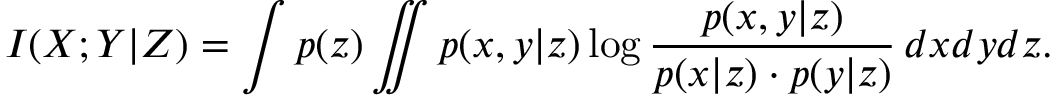
I ( X ; Y | Z ) = \int p ( z ) \iint p ( x , y | z ) \log \frac { p ( x , y | z ) } { p ( x | z ) \cdot p ( y | z ) } \, d x d y d z .